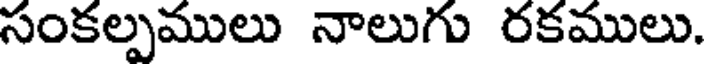
సంకల్పములు నాలుగు రకములు.